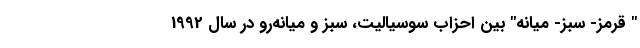
" قرمز- سبز- میانه" بین احزاب سوسیالیت، سبز و میانه‌رو در سال 1992